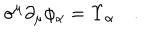
\sigma ^ { \mu } \partial _ { \mu } \phi _ { \alpha } = \Upsilon _ { \alpha } \quad .